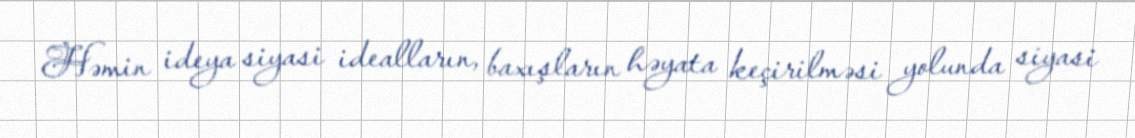
Həmin ideya siyasi idealların, baxışların həyata keçirilməsi yolunda siyasi